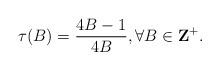
LaTeX: \begin{align*}\tau(B)=\frac{4B-1}{4B}, \forall B\in{\bf Z}^+.\end{align*}